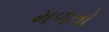
મળતો